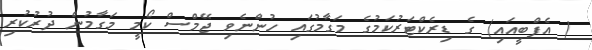
( އެފްބީއައި) ގެ ޑިރެކްޓަރުކަމުގެ މަގާމުގައި ހުންނެވި ޖޭމްސް ކޯމީ މަގާމުން ދުރުކުރި